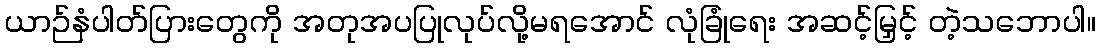
ယာဉ်နံပါတ်ပြားတွေကို အတုအပပြုလုပ်လို့မရအောင် လုံခြုံရေး အဆင့်မြှင့် တဲ့သဘောပါ။